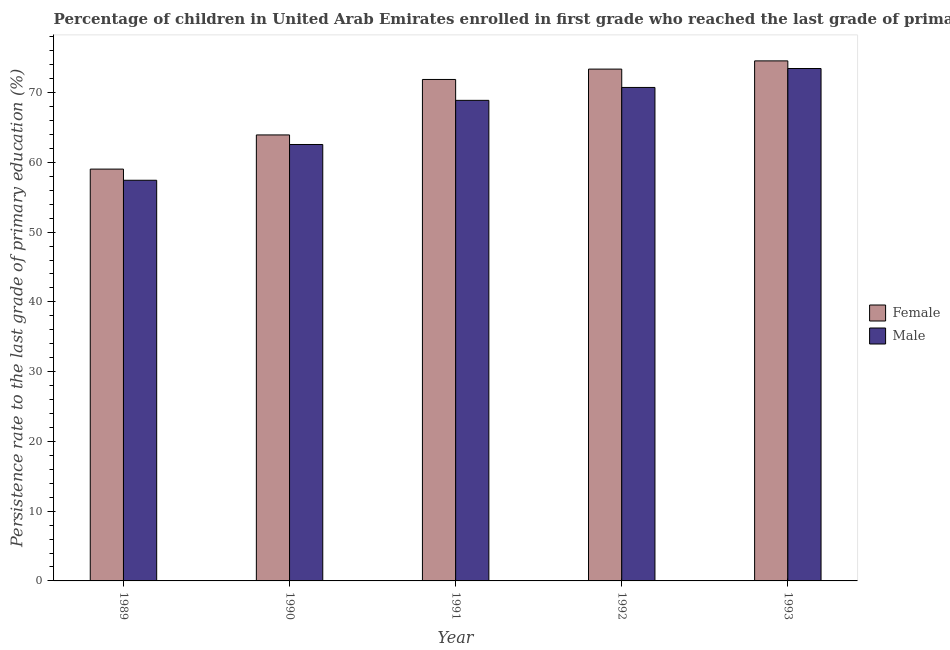
| Year | Female | Male |
 | --- | --- | --- |
 | 1989 | 59 | 57.4 |
 | 1990 | 63.9 | 62.6 |
 | 1991 | 71.9 | 68.9 |
 | 1992 | 73.4 | 70.7 |
 | 1993 | 74.5 | 73.5 |